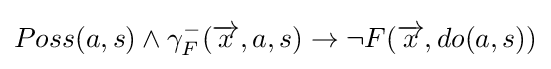
Poss(a,s)\wedge \gamma _{F}^{-}({\overrightarrow {x}},a,s)\rightarrow \neg F({\overrightarrow {x}},do(a,s))